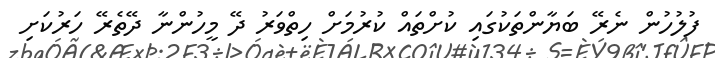
ފުލުހުން ނެރޭ ބަޔާންތަކުގައި ކުށްތައް ކުރުމަށް ހިތްވަރު ދޭ މީހުންނާ ދޭތެރޭ ހަރުކަށި